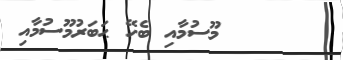
މޫސުމާއި ބެހޭ ޙަބަރުމޫސުމާއި